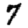
Digit: 7